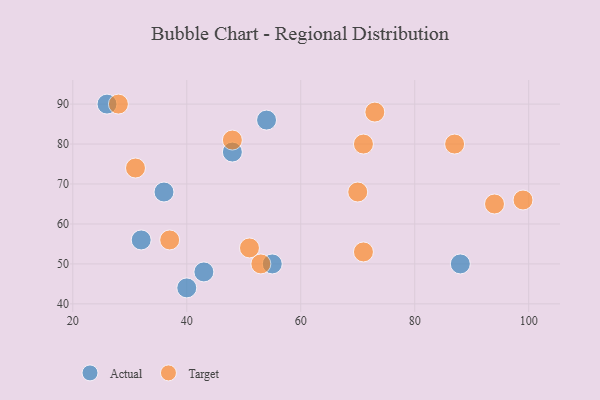
{"axis": {"x": "GDP", "y": "Life Expectancy"}, "legend": ["Actual", "Target"], "data": [{"x": "36", "y": 68, "type": "Actual"}, {"x": "88", "y": 50, "type": "Actual"}, {"x": "40", "y": 44, "type": "Actual"}, {"x": "54", "y": 86, "type": "Actual"}, {"x": "48", "y": 78, "type": "Actual"}, {"x": "43", "y": 48, "type": "Actual"}, {"x": "55", "y": 50, "type": "Actual"}, {"x": "26", "y": 90, "type": "Actual"}, {"x": "32", "y": 56, "type": "Actual"}, {"x": "87", "y": 80, "type": "Target"}, {"x": "31", "y": 74, "type": "Target"}, {"x": "94", "y": 65, "type": "Target"}, {"x": "51", "y": 54, "type": "Target"}, {"x": "99", "y": 66, "type": "Target"}, {"x": "73", "y": 88, "type": "Target"}, {"x": "48", "y": 81, "type": "Target"}, {"x": "28", "y": 90, "type": "Target"}, {"x": "37", "y": 56, "type": "Target"}, {"x": "53", "y": 50, "type": "Target"}, {"x": "71", "y": 80, "type": "Target"}, {"x": "70", "y": 68, "type": "Target"}, {"x": "71", "y": 53, "type": "Target"}]}